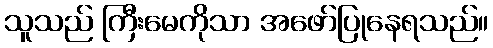
သူသည် ကြီးမေကိုသာ အဖော်ပြုနေရသည်။